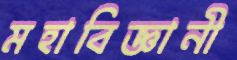
মহাবিজ্ঞানী